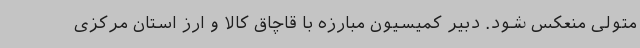
متولی منعکس شود. دبیر کمیسیون مبارزه با قاچاق کالا و ارز استان مرکزی